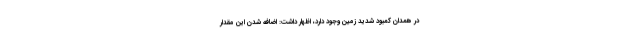
در همدان کمبود شدید زمین وجود دارد، اظهار داشت: اضافه شدن این مقدار